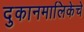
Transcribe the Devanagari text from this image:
दुकानमालिकेचे